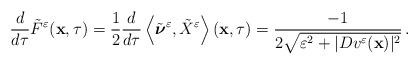
LaTeX: \begin{align*}\frac{d}{d\tau} \tilde{F}^\varepsilon (\mathbf{x},\tau)= \frac{1}{2}\frac{d}{d\tau} \left\langle \tilde{\boldsymbol{\nu}}^\varepsilon , \tilde{X}^\varepsilon\right\rangle (\mathbf{x},\tau)= \frac{-1}{2\sqrt{\varepsilon^2+|D {v^\varepsilon}(\mathbf{x})|^2} }\,.\end{align*}